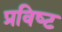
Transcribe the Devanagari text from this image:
प्रविष्‍ट